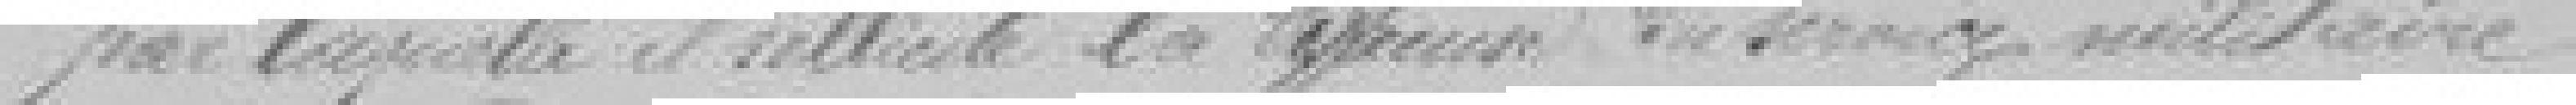
par laquelle il sollicite la dispense du service militaire